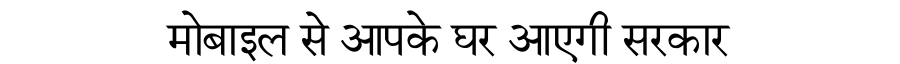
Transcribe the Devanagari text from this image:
मोबाइल से आपके घर आएगी सरकार